Sanitation, dispensaries and jails vaccination Rajputana 1922-1927 - 1922-1927
Year: 1922
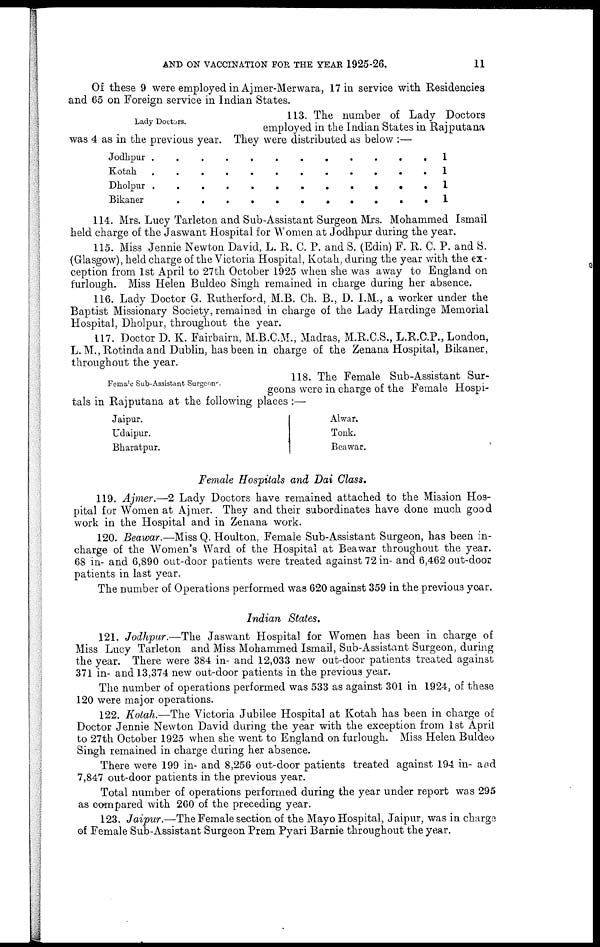
AND ON VACCINATION FOR THE YEAR 1925-26.
11
Of these 9 were employed in Ajmer-Merwara, 17 in service with Residencies
and 65 on Foreign service in Indian States.
Lady Doctors.
113. The number of Lady Doctors
employed in the Indian States in Rajputana
was 4 as in the previous year. They were distributed as below :—
Jodhpur . . . . . . . . . .
Kotah . . . . . . . . . . .
Dholpur . . . . . . . . . .
Bikaner . . . . . . . . . .
1
1
1
1
114. Mrs. Lucy Tarleton and Sub-Assistant Surgeon Mrs. Mohammed Ismail
held charge of the Jaswant Hospital for Women at Jodhpur during the year.
115. Miss Jennie Newton David, L. R. C. P. and S. (Edin) F. R. C. P. and S.
(Glasgow), held charge of the Victoria Hospital, Kotah, during the year with the ex-
ception from 1st April to 27th October 1925 when she was away to England on
furlough. Miss Helen Buldeo Singh remained in charge during her absence.
116. Lady Doctor G. Rutherford, M.B. Ch. B., D. I.M., a worker under the
Baptist Missionary Society, remained in charge of the Lady Hardinge Memorial
Hospital, Dholpur, throughout the year.
117. Doctor D. K. Fairbairn, M.B.C.M., Madras, M.R.C.S., L.R.C.P., London,
L.M.,Rotinda and Dublin, has been in charge of the Zenana Hospital, Bikaner,
throughout the year.
Female Sub-Assistant Surgeons.
118. The Female Sub-Assistant Sur-
geons were in charge of the Female Hospi-
tals in Rajputana at the following places :—
Jaipur.
Udaipur.
Bharatpur.
Alwar.
Tonk.
Beawar.
Female Hospitals and Dai Class.
119. Ajmer.—2 Lady Doctors have remained attached to the Mission Hos-
pital for Women at Ajmer. They and their subordinates have done much good
work in the Hospital and in Zenana work.
120. Beawar.—Miss Q. Houlton, Female Sub-Assistant Surgeon, has been in-
charge of the Women's Ward of the Hospital at Beawar throughout the year.
68 in- and 6,890 out-door patients were treated against 72 in- and 6,462 out-door
patients in last year.
The number of Operations performed was 620 against 359 in the previous year.
Indian States.
121. Jodhpur.—The Jaswant Hospital for Women has been in charge of
Miss Lucy Tarleton and Miss Mohammed Ismail, Sub-Assistant Surgeon, during
the year. There were 384 in- and 12,033 new out-door patients treated against
371 in- and 13,374 new out-door patients in the previous year.
The number of operations performed was 533 as against 301 in 1924, of these
120 were major operations.
122. Kotah.—The Victoria Jubilee Hospital at Kotah has been in charge of
Doctor Jennie Newton David during the year with the exception from 1st April
to 27th October 1925 when she went to England on furlough. Miss Helen Buldeo
Singh remained in charge during her absence.
There were 199 in- and 8,256 out-door patients treated against 194 in- and
7,847 out-door patients in the previous year.
Total number of operations performed during the year under report was 295
as compared with 260 of the preceding year.
123. Jaipur.—The Female section of the Mayo Hospital, Jaipur, was in charge
of Female Sub-Assistant Surgeon Prem Pyari Barnie throughout the year.